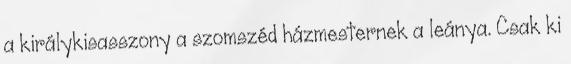
a királykisasszony a szomszéd házmesternek a leánya. Csak ki